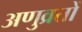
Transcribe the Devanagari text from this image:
अणुव्रतों